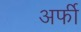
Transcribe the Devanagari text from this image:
अर्फी